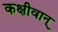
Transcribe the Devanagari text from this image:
कक्षीवान्‌